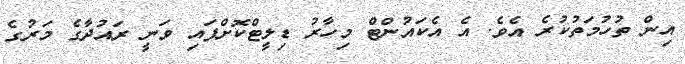
އިން ތުހުމަތުކުރެ އެވެ. އެ އެކައުންޓް މިހާރު ޑިލީޓްކޮށްފައި ވަނީ ރައުދާގެ މަރުގެ